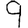
Digit: 9